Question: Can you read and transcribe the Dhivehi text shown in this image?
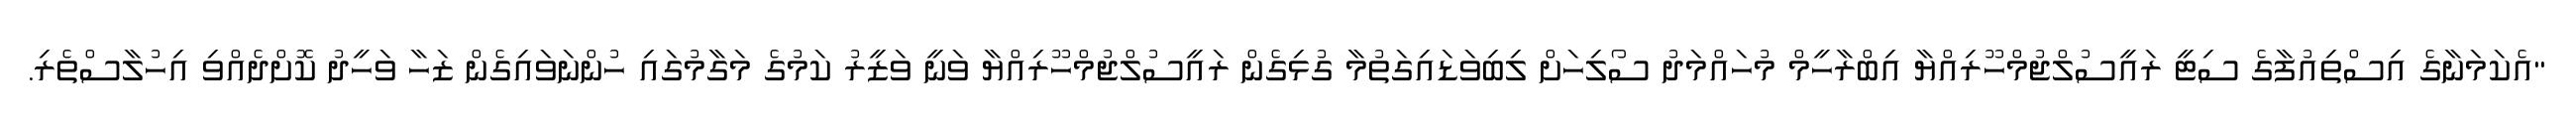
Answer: "އެކަމަނާގެ އިސްތިއުފާގެ ސިޓީ ރައީސުލްޖުމްހޫރިއްޔާ އިބްރާހީމް މުހައްމަދު ސޯލިހަށް ލިބިވަޑައިގަތުމާ ގުޅިގެން ރައީސުލްޖުމްހޫރިއްޔާ ވަނީ ވަޒީރު ކަމުގެ މަގާމުގައި ހުންނަވައިގެން ޒަހާ ވަހީދު ކޮށްދެއްވި އިހުލާސްތެރި.